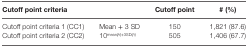
<table><thead><tr><td colspan="2"><b>Cutoff point criteria</b></td><td><b>Cutoff point</b></td><td><b># (%)</b></td></tr></thead><tbody><tr><td>Cutoff point criteria 1 (CC1)</td><td>Mean + 3 SD</td><td>150</td><td>1,821 (87.6)</td></tr><tr><td>Cutoff point criteria 2 (CC2)</td><td>10<sup>mean(</sup><i><sup>h</sup></i><sup>)+3SD(</sup><i><sup>h</sup></i><sup>)</sup></td><td>505</td><td>1,406 (67.7)</td></tr></tbody></table>